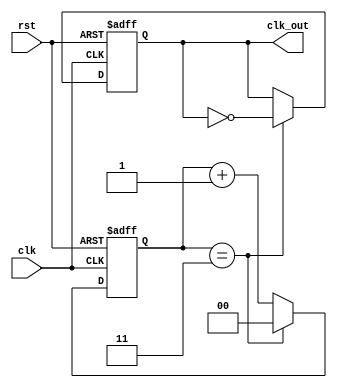
module frequency_divider_counter #(
    parameter DIV_FACTOR = 4  // Configurable division factor
) (
    input wire clk,            // Input clock signal
    input wire rst,            // Asynchronous reset signal
    output reg clk_out         // Divided output clock signal
);

    reg [$clog2(DIV_FACTOR)-1:0] counter; // Counter for division

    // Always block for counter and output clock generation
    always @(posedge clk or posedge rst) begin
        if (rst) begin
            counter <= 0; // Reset counter
            clk_out <= 0; // Reset output clock to low
        end else begin
            if (counter == (DIV_FACTOR - 1)) begin
                counter <= 0; // Reset counter after reaching DIV_FACTOR
                clk_out <= ~clk_out; // Toggle output clock
            end else begin
                counter <= counter + 1; // Increment counter
            end
        end
    end

endmodule